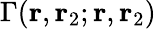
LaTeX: \Gamma(\mathbf{r},\mathbf{r}_{2};\mathbf{r},\mathbf{r}_{2})